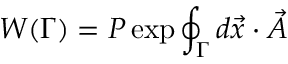
W ( \Gamma ) = P \exp \oint _ { \Gamma } d \vec { x } \cdot \vec { A }